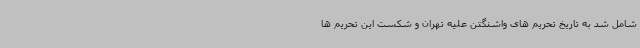
شامل شد به تاریخ تحریم های واشنگتن علیه تهران و شکست این تحریم ها